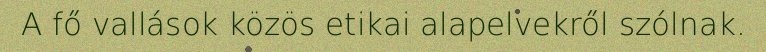
A fő vallások közös etikai alapelvekről szólnak.